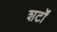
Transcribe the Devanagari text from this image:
शर्टों